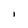
Character: I